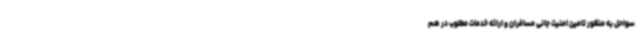
سواحل به منظور تامین امنیت جانی مسافران و ارائه خدمات مطلوب در هم